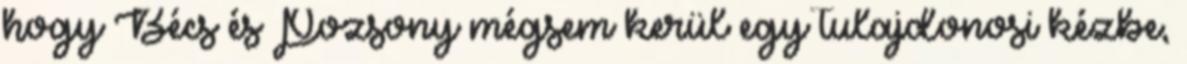
hogy Bécs és Pozsony mégsem kerül egy tulajdonosi kézbe,